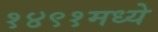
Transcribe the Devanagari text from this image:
१४९१मध्ये